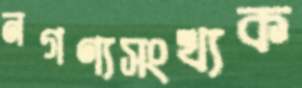
নগণ্যসংখ্যক